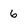
Character: 6